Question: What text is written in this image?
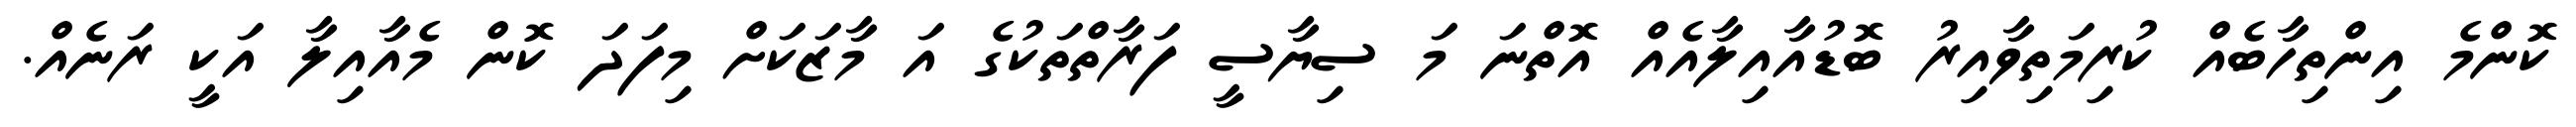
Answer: ކޮންމެ އިންތިހާބެއް ކުރިމަތިވާއިރު ބޮޑުއާއިލާއެއް އޮތްނަ މަ ސިޔާސީ ފަރާތްތަކުގެ އަ މާޒަކަށް މިފަދަ ކޮން މެއާއިލާ އަކީ ރަނެއް.